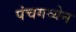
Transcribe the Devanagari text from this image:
पंचगव्येन